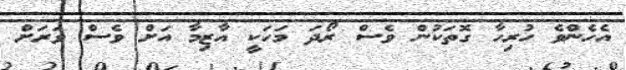
އެހެންވެ ހުރިހާ ގޮތަކުން ވެސް ރޯދަ މަހަކީ އާޒިމާ އަށް ވެސް ވަރަށް